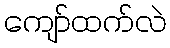
ကျော်ထက်လဲ